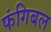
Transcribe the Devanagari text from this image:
फंगिबल